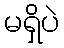
မရှိပဲ